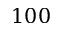
1 0 0